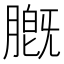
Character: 𬛑